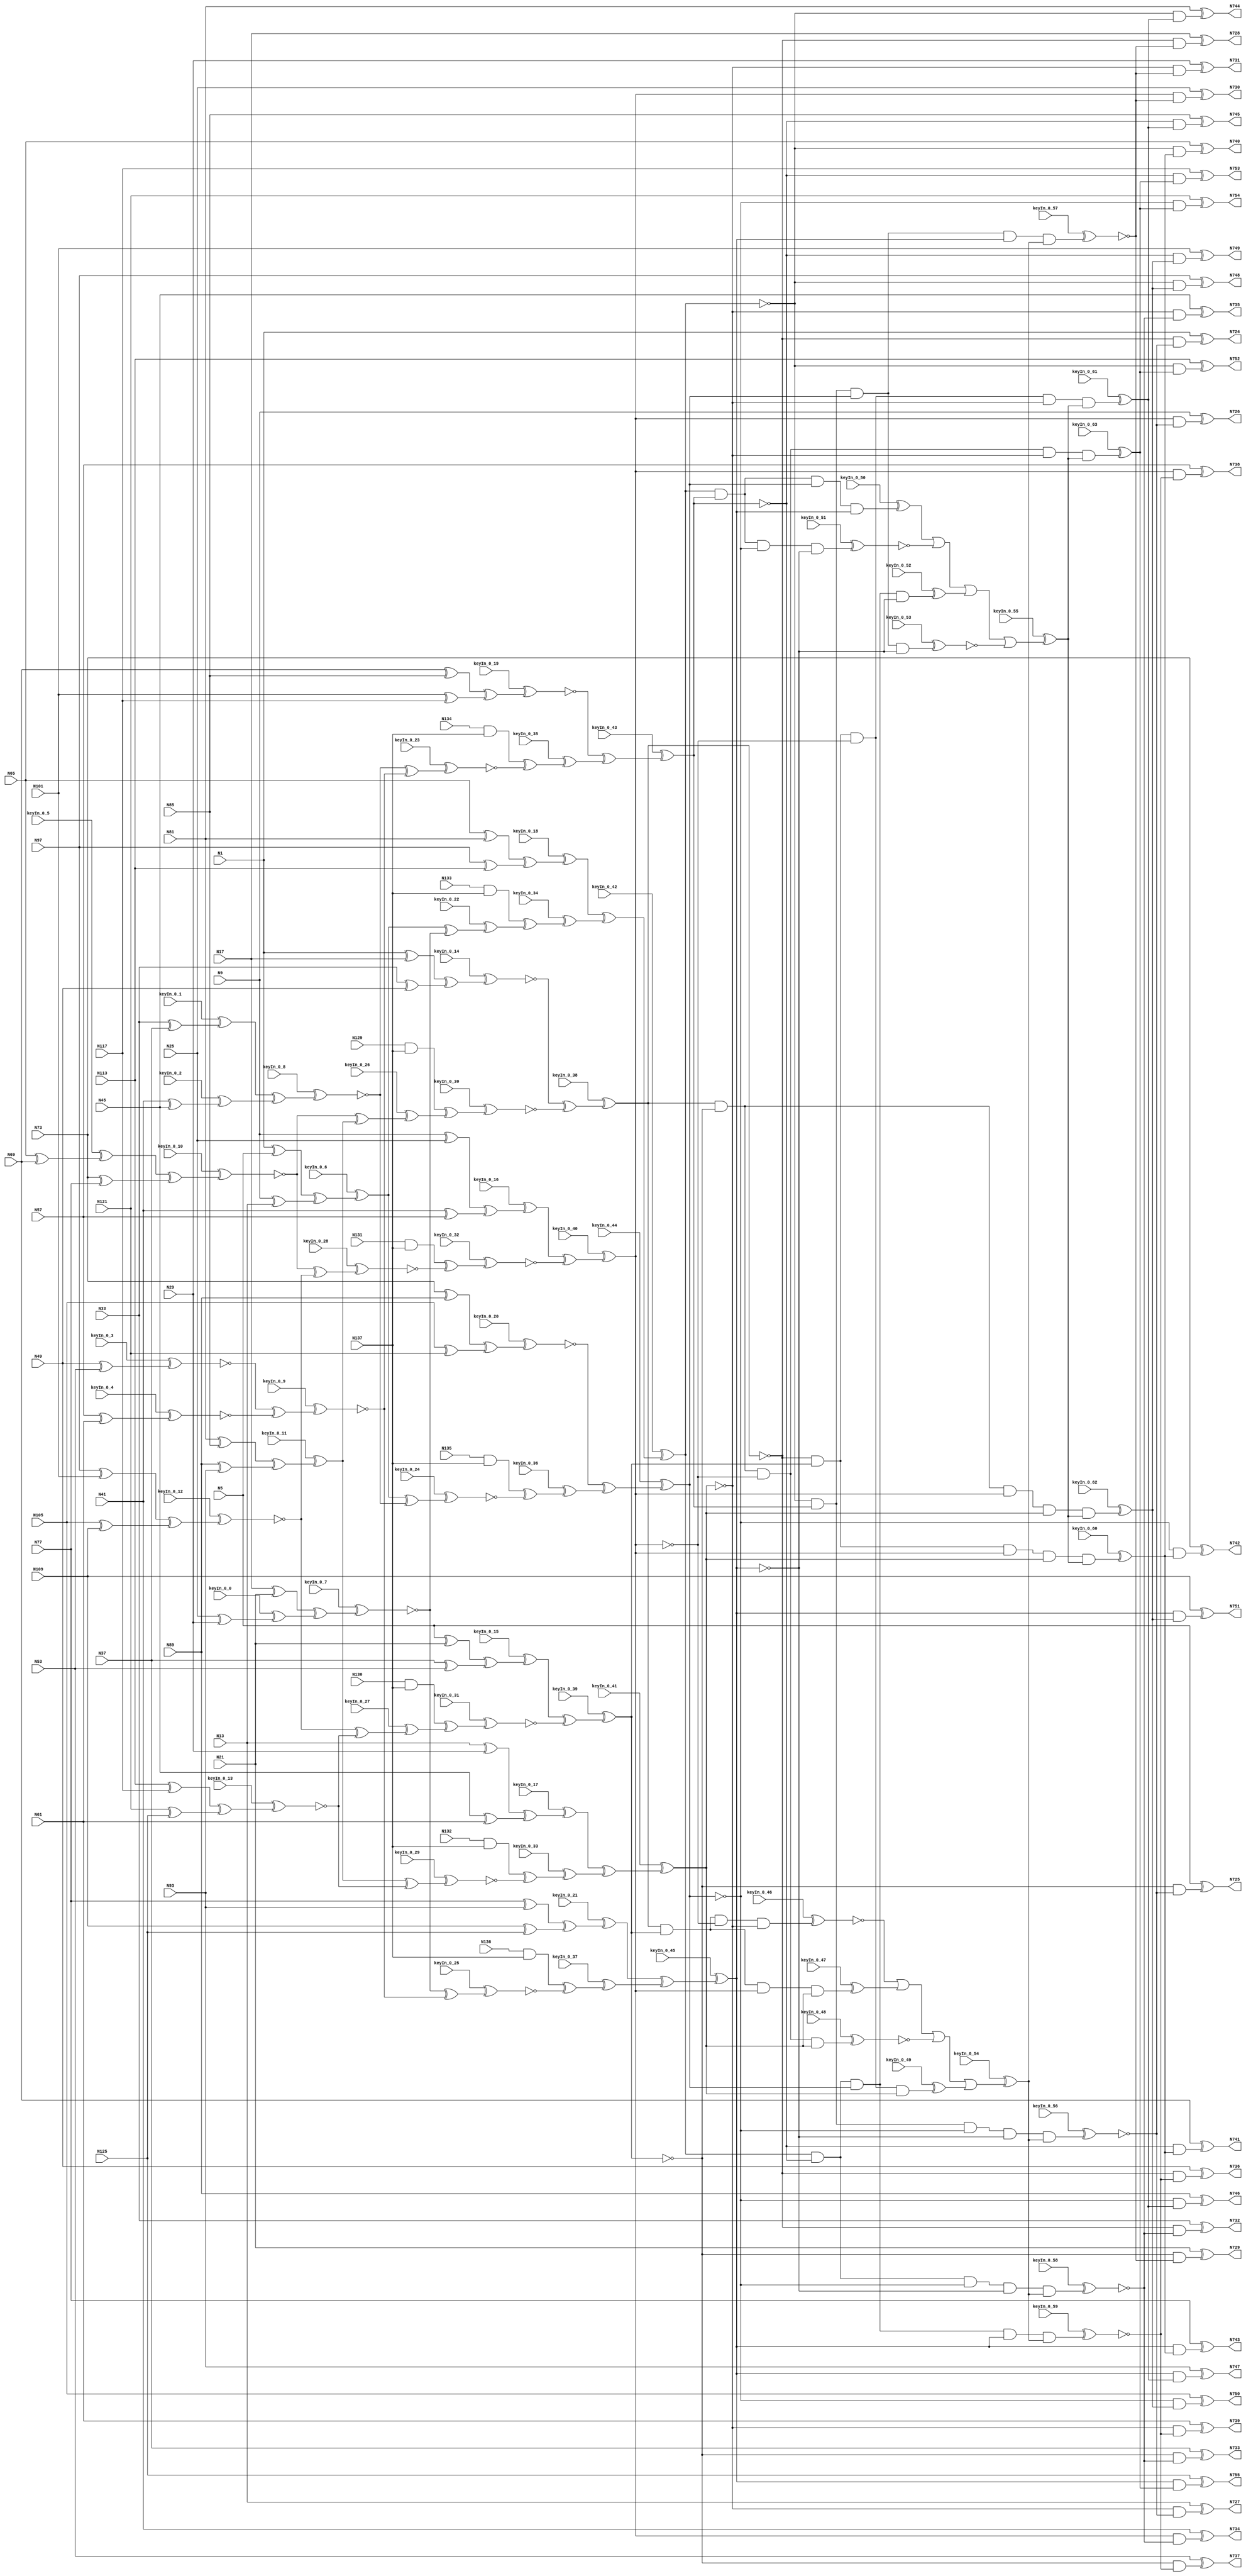
`timescale 1ns / 1ps
// Verilog
// c499
// Ninputs 41
// Noutputs 32
// NtotalGates 202
// XOR2 104
// AND2 40
// NOT1 40
// AND4 8
// OR4 2
// AND5 8

module top (N1,N5,N9,N13,N17,N21,N25,N29,N33,N37,
             N41,N45,N49,N53,N57,N61,N65,N69,N73,N77,
             N81,N85,N89,N93,N97,N101,N105,N109,N113,N117,
             N121,N125,N129,N130,N131,N132,N133,N134,N135,N136,
             N137,N724,N725,N726,N727,N728,N729,N730,N731,N732,
             N733,N734,N735,N736,N737,N738,N739,N740,N741,N742,
             N743,N744,N745,N746,N747,N748,N749,N750,N751,N752,
                  N753,N754,N755,
        keyIn_0_0, keyIn_0_1, keyIn_0_2, keyIn_0_3, keyIn_0_4,
        keyIn_0_5, keyIn_0_6, keyIn_0_7, keyIn_0_8, keyIn_0_9,
        keyIn_0_10, keyIn_0_11, keyIn_0_12, keyIn_0_13, keyIn_0_14,
        keyIn_0_15, keyIn_0_16, keyIn_0_17, keyIn_0_18, keyIn_0_19,
        keyIn_0_20, keyIn_0_21, keyIn_0_22, keyIn_0_23, keyIn_0_24,
        keyIn_0_25, keyIn_0_26, keyIn_0_27, keyIn_0_28, keyIn_0_29,
        keyIn_0_30, keyIn_0_31, keyIn_0_32, keyIn_0_33, keyIn_0_34,
        keyIn_0_35, keyIn_0_36, keyIn_0_37, keyIn_0_38, keyIn_0_39,
        keyIn_0_40, keyIn_0_41, keyIn_0_42, keyIn_0_43, keyIn_0_44,
        keyIn_0_45, keyIn_0_46, keyIn_0_47, keyIn_0_48, keyIn_0_49,
        keyIn_0_50, keyIn_0_51, keyIn_0_52, keyIn_0_53, keyIn_0_54,
        keyIn_0_55, keyIn_0_56, keyIn_0_57, keyIn_0_58, keyIn_0_59,
        keyIn_0_60, keyIn_0_61, keyIn_0_62, keyIn_0_63);

  input keyIn_0_0, keyIn_0_1, keyIn_0_2, keyIn_0_3, keyIn_0_4;
  input keyIn_0_5, keyIn_0_6, keyIn_0_7, keyIn_0_8, keyIn_0_9;
  input keyIn_0_10, keyIn_0_11, keyIn_0_12, keyIn_0_13, keyIn_0_14;
  input keyIn_0_15, keyIn_0_16, keyIn_0_17, keyIn_0_18, keyIn_0_19;
  input keyIn_0_20, keyIn_0_21, keyIn_0_22, keyIn_0_23, keyIn_0_24;
  input keyIn_0_25, keyIn_0_26, keyIn_0_27, keyIn_0_28, keyIn_0_29;
  input keyIn_0_30, keyIn_0_31, keyIn_0_32, keyIn_0_33, keyIn_0_34;
  input keyIn_0_35, keyIn_0_36, keyIn_0_37, keyIn_0_38, keyIn_0_39;
  input keyIn_0_40, keyIn_0_41, keyIn_0_42, keyIn_0_43, keyIn_0_44;
  input keyIn_0_45, keyIn_0_46, keyIn_0_47, keyIn_0_48, keyIn_0_49;
  input keyIn_0_50, keyIn_0_51, keyIn_0_52, keyIn_0_53, keyIn_0_54;
  input keyIn_0_55, keyIn_0_56, keyIn_0_57, keyIn_0_58, keyIn_0_59;
  input keyIn_0_60, keyIn_0_61, keyIn_0_62, keyIn_0_63;

  wire [0:63] KeyWire_0;
  wire [0:34] KeyNOTWire_0;

input N1,N5,N9,N13,N17,N21,N25,N29,N33,N37,
      N41,N45,N49,N53,N57,N61,N65,N69,N73,N77,
      N81,N85,N89,N93,N97,N101,N105,N109,N113,N117,
      N121,N125,N129,N130,N131,N132,N133,N134,N135,N136,
      N137;

output N724,N725,N726,N727,N728,N729,N730,N731,N732,N733,
       N734,N735,N736,N737,N738,N739,N740,N741,N742,N743,
       N744,N745,N746,N747,N748,N749,N750,N751,N752,N753,
       N754,N755;

wire N250,N251,N252,N253,N254,N255,N256,N257,N258,N259,
     N260,N261,N262,N263,N264,N265,N266,N267,N268,N269,
     N270,N271,N272,N273,N274,N275,N276,N277,N278,N279,
     N280,N281,N282,N283,N284,N285,N286,N287,N288,N289,
     N290,N293,N296,N299,N302,N305,N308,N311,N314,N315,
     N316,N317,N318,N319,N320,N321,N338,N339,N340,N341,
     N342,N343,N344,N345,N346,N347,N348,N349,N350,N351,
     N352,N353,N354,N367,N380,N393,N406,N419,N432,N445,
     N554,N555,N556,N557,N558,N559,N560,N561,N562,N563,
     N564,N565,N566,N567,N568,N569,N570,N571,N572,N573,
     N574,N575,N576,N577,N578,N579,N580,N581,N582,N583,
     N584,N585,N586,N587,N588,N589,N590,N591,N592,N593,
     N594,N595,N596,N597,N598,N599,N600,N601,N602,N607,
     N620,N625,N630,N635,N640,N645,N650,N655,N692,N693,
     N694,N695,N696,N697,N698,N699,N700,N701,N702,N703,
     N704,N705,N706,N707,N708,N709,N710,N711,N712,N713,
     N714,N715,N716,N717,N718,N719,N720,N721,N722,N723;

xor XOR2_1 (N250, N1, N5);
xor XOR2_2 (N251, N9, N13);
xor XOR2_3 (N252, N17, N21);
  xor XOR2_4 (KeyWire_0[0], N25, N29);
  xnor KeyGate_0_0(KeyNOTWire_0[0], keyIn_0_0, KeyWire_0[0]);
  not KeyNOTGate_0_0(N253, KeyNOTWire_0[0]);
  xor XOR2_5 (KeyWire_0[1], N33, N37);
  xnor KeyGate_0_1(KeyNOTWire_0[1], keyIn_0_1, KeyWire_0[1]);
  not KeyNOTGate_0_1(N254, KeyNOTWire_0[1]);
  xor XOR2_6 (KeyWire_0[2], N41, N45);
  xor KeyGate_0_2(N255, keyIn_0_2, KeyWire_0[2]);
  xor XOR2_7 (KeyWire_0[3], N49, N53);
  xnor KeyGate_0_3(N256, keyIn_0_3, KeyWire_0[3]);
  xor XOR2_8 (KeyWire_0[4], N57, N61);
  xnor KeyGate_0_4(N257, keyIn_0_4, KeyWire_0[4]);
  xor XOR2_9 (KeyWire_0[5], N65, N69);
  xor KeyGate_0_5(N258, keyIn_0_5, KeyWire_0[5]);
xor XOR2_10 (N259, N73, N77);
xor XOR2_11 (N260, N81, N85);
xor XOR2_12 (N261, N89, N93);
xor XOR2_13 (N262, N97, N101);
xor XOR2_14 (N263, N105, N109);
xor XOR2_15 (N264, N113, N117);
xor XOR2_16 (N265, N121, N125);
and AND2_17 (N266, N129, N137);
and AND2_18 (N267, N130, N137);
and AND2_19 (N268, N131, N137);
and AND2_20 (N269, N132, N137);
and AND2_21 (N270, N133, N137);
and AND2_22 (N271, N134, N137);
and AND2_23 (N272, N135, N137);
and AND2_24 (N273, N136, N137);
xor XOR2_25 (N274, N1, N17);
xor XOR2_26 (N275, N33, N49);
xor XOR2_27 (N276, N5, N21);
xor XOR2_28 (N277, N37, N53);
xor XOR2_29 (N278, N9, N25);
xor XOR2_30 (N279, N41, N57);
xor XOR2_31 (N280, N13, N29);
xor XOR2_32 (N281, N45, N61);
xor XOR2_33 (N282, N65, N81);
xor XOR2_34 (N283, N97, N113);
xor XOR2_35 (N284, N69, N85);
xor XOR2_36 (N285, N101, N117);
xor XOR2_37 (N286, N73, N89);
xor XOR2_38 (N287, N105, N121);
xor XOR2_39 (N288, N77, N93);
xor XOR2_40 (N289, N109, N125);
  xor XOR2_41 (KeyWire_0[6], N250, N251);
  xnor KeyGate_0_6(KeyNOTWire_0[2], keyIn_0_6, KeyWire_0[6]);
  not KeyNOTGate_0_2(N290, KeyNOTWire_0[2]);
  xor XOR2_42 (KeyWire_0[7], N252, N253);
  xnor KeyGate_0_7(N293, keyIn_0_7, KeyWire_0[7]);
  xor XOR2_43 (KeyWire_0[8], N254, N255);
  xor KeyGate_0_8(KeyNOTWire_0[3], keyIn_0_8, KeyWire_0[8]);
  not KeyNOTGate_0_3(N296, KeyNOTWire_0[3]);
  xor XOR2_44 (KeyWire_0[9], N256, N257);
  xnor KeyGate_0_9(N299, keyIn_0_9, KeyWire_0[9]);
  xor XOR2_45 (KeyWire_0[10], N258, N259);
  xnor KeyGate_0_10(N302, keyIn_0_10, KeyWire_0[10]);
  xor XOR2_46 (KeyWire_0[11], N260, N261);
  xnor KeyGate_0_11(KeyNOTWire_0[4], keyIn_0_11, KeyWire_0[11]);
  not KeyNOTGate_0_4(N305, KeyNOTWire_0[4]);
  xor XOR2_47 (KeyWire_0[12], N262, N263);
  xor KeyGate_0_12(KeyNOTWire_0[5], keyIn_0_12, KeyWire_0[12]);
  not KeyNOTGate_0_5(N308, KeyNOTWire_0[5]);
  xor XOR2_48 (KeyWire_0[13], N264, N265);
  xor KeyGate_0_13(KeyNOTWire_0[6], keyIn_0_13, KeyWire_0[13]);
  not KeyNOTGate_0_6(N311, KeyNOTWire_0[6]);
  xor XOR2_49 (KeyWire_0[14], N274, N275);
  xor KeyGate_0_14(KeyNOTWire_0[7], keyIn_0_14, KeyWire_0[14]);
  not KeyNOTGate_0_7(N314, KeyNOTWire_0[7]);
  xor XOR2_50 (KeyWire_0[15], N276, N277);
  xnor KeyGate_0_15(KeyNOTWire_0[8], keyIn_0_15, KeyWire_0[15]);
  not KeyNOTGate_0_8(N315, KeyNOTWire_0[8]);
  xor XOR2_51 (KeyWire_0[16], N278, N279);
  xnor KeyGate_0_16(KeyNOTWire_0[9], keyIn_0_16, KeyWire_0[16]);
  not KeyNOTGate_0_9(N316, KeyNOTWire_0[9]);
  xor XOR2_52 (KeyWire_0[17], N280, N281);
  xor KeyGate_0_17(N317, keyIn_0_17, KeyWire_0[17]);
  xor XOR2_53 (KeyWire_0[18], N282, N283);
  xor KeyGate_0_18(N318, keyIn_0_18, KeyWire_0[18]);
  xor XOR2_54 (KeyWire_0[19], N284, N285);
  xnor KeyGate_0_19(N319, keyIn_0_19, KeyWire_0[19]);
  xor XOR2_55 (KeyWire_0[20], N286, N287);
  xor KeyGate_0_20(KeyNOTWire_0[10], keyIn_0_20, KeyWire_0[20]);
  not KeyNOTGate_0_10(N320, KeyNOTWire_0[10]);
  xor XOR2_56 (KeyWire_0[21], N288, N289);
  xnor KeyGate_0_21(KeyNOTWire_0[11], keyIn_0_21, KeyWire_0[21]);
  not KeyNOTGate_0_11(N321, KeyNOTWire_0[11]);
  xor XOR2_57 (KeyWire_0[22], N290, N293);
  xnor KeyGate_0_22(KeyNOTWire_0[12], keyIn_0_22, KeyWire_0[22]);
  not KeyNOTGate_0_12(N338, KeyNOTWire_0[12]);
  xor XOR2_58 (KeyWire_0[23], N296, N299);
  xnor KeyGate_0_23(N339, keyIn_0_23, KeyWire_0[23]);
  xor XOR2_59 (KeyWire_0[24], N290, N296);
  xor KeyGate_0_24(KeyNOTWire_0[13], keyIn_0_24, KeyWire_0[24]);
  not KeyNOTGate_0_13(N340, KeyNOTWire_0[13]);
  xor XOR2_60 (KeyWire_0[25], N293, N299);
  xor KeyGate_0_25(KeyNOTWire_0[14], keyIn_0_25, KeyWire_0[25]);
  not KeyNOTGate_0_14(N341, KeyNOTWire_0[14]);
  xor XOR2_61 (KeyWire_0[26], N302, N305);
  xor KeyGate_0_26(N342, keyIn_0_26, KeyWire_0[26]);
  xor XOR2_62 (KeyWire_0[27], N308, N311);
  xor KeyGate_0_27(N343, keyIn_0_27, KeyWire_0[27]);
  xor XOR2_63 (KeyWire_0[28], N302, N308);
  xnor KeyGate_0_28(N344, keyIn_0_28, KeyWire_0[28]);
  xor XOR2_64 (KeyWire_0[29], N305, N311);
  xnor KeyGate_0_29(N345, keyIn_0_29, KeyWire_0[29]);
  xor XOR2_65 (KeyWire_0[30], N266, N342);
  xor KeyGate_0_30(KeyNOTWire_0[15], keyIn_0_30, KeyWire_0[30]);
  not KeyNOTGate_0_15(N346, KeyNOTWire_0[15]);
  xor XOR2_66 (KeyWire_0[31], N267, N343);
  xor KeyGate_0_31(KeyNOTWire_0[16], keyIn_0_31, KeyWire_0[31]);
  not KeyNOTGate_0_16(N347, KeyNOTWire_0[16]);
  xor XOR2_67 (KeyWire_0[32], N268, N344);
  xor KeyGate_0_32(KeyNOTWire_0[17], keyIn_0_32, KeyWire_0[32]);
  not KeyNOTGate_0_17(N348, KeyNOTWire_0[17]);
  xor XOR2_68 (KeyWire_0[33], N269, N345);
  xor KeyGate_0_33(N349, keyIn_0_33, KeyWire_0[33]);
  xor XOR2_69 (KeyWire_0[34], N270, N338);
  xnor KeyGate_0_34(KeyNOTWire_0[18], keyIn_0_34, KeyWire_0[34]);
  not KeyNOTGate_0_18(N350, KeyNOTWire_0[18]);
  xor XOR2_70 (KeyWire_0[35], N271, N339);
  xor KeyGate_0_35(N351, keyIn_0_35, KeyWire_0[35]);
  xor XOR2_71 (KeyWire_0[36], N272, N340);
  xnor KeyGate_0_36(KeyNOTWire_0[19], keyIn_0_36, KeyWire_0[36]);
  not KeyNOTGate_0_19(N352, KeyNOTWire_0[19]);
  xor XOR2_72 (KeyWire_0[37], N273, N341);
  xor KeyGate_0_37(N353, keyIn_0_37, KeyWire_0[37]);
  xor XOR2_73 (KeyWire_0[38], N314, N346);
  xnor KeyGate_0_38(N354, keyIn_0_38, KeyWire_0[38]);
  xor XOR2_74 (KeyWire_0[39], N315, N347);
  xor KeyGate_0_39(KeyNOTWire_0[20], keyIn_0_39, KeyWire_0[39]);
  not KeyNOTGate_0_20(N367, KeyNOTWire_0[20]);
  xor XOR2_75 (KeyWire_0[40], N316, N348);
  xnor KeyGate_0_40(KeyNOTWire_0[21], keyIn_0_40, KeyWire_0[40]);
  not KeyNOTGate_0_21(N380, KeyNOTWire_0[21]);
  xor XOR2_76 (KeyWire_0[41], N317, N349);
  xor KeyGate_0_41(KeyNOTWire_0[22], keyIn_0_41, KeyWire_0[41]);
  not KeyNOTGate_0_22(N393, KeyNOTWire_0[22]);
  xor XOR2_77 (KeyWire_0[42], N318, N350);
  xnor KeyGate_0_42(N406, keyIn_0_42, KeyWire_0[42]);
  xor XOR2_78 (KeyWire_0[43], N319, N351);
  xnor KeyGate_0_43(N419, keyIn_0_43, KeyWire_0[43]);
  xor XOR2_79 (KeyWire_0[44], N320, N352);
  xor KeyGate_0_44(KeyNOTWire_0[23], keyIn_0_44, KeyWire_0[44]);
  not KeyNOTGate_0_23(N432, KeyNOTWire_0[23]);
  xor XOR2_80 (KeyWire_0[45], N321, N353);
  xnor KeyGate_0_45(KeyNOTWire_0[24], keyIn_0_45, KeyWire_0[45]);
  not KeyNOTGate_0_24(N445, KeyNOTWire_0[24]);
not NOT1_81 (N554, N354);
not NOT1_82 (N555, N367);
not NOT1_83 (N556, N380);
not NOT1_84 (N557, N354);
not NOT1_85 (N558, N367);
not NOT1_86 (N559, N393);
not NOT1_87 (N560, N354);
not NOT1_88 (N561, N380);
not NOT1_89 (N562, N393);
not NOT1_90 (N563, N367);
not NOT1_91 (N564, N380);
not NOT1_92 (N565, N393);
not NOT1_93 (N566, N419);
not NOT1_94 (N567, N445);
not NOT1_95 (N568, N419);
not NOT1_96 (N569, N432);
not NOT1_97 (N570, N406);
not NOT1_98 (N571, N445);
not NOT1_99 (N572, N406);
not NOT1_100 (N573, N432);
not NOT1_101 (N574, N406);
not NOT1_102 (N575, N419);
not NOT1_103 (N576, N432);
not NOT1_104 (N577, N406);
not NOT1_105 (N578, N419);
not NOT1_106 (N579, N445);
not NOT1_107 (N580, N406);
not NOT1_108 (N581, N432);
not NOT1_109 (N582, N445);
not NOT1_110 (N583, N419);
not NOT1_111 (N584, N432);
not NOT1_112 (N585, N445);
not NOT1_113 (N586, N367);
not NOT1_114 (N587, N393);
not NOT1_115 (N588, N367);
not NOT1_116 (N589, N380);
not NOT1_117 (N590, N354);
not NOT1_118 (N591, N393);
not NOT1_119 (N592, N354);
not NOT1_120 (N593, N380);
  and AND4_121 (KeyWire_0[46], N554, N555, N556, N393);
  xor KeyGate_0_46(KeyNOTWire_0[25], keyIn_0_46, KeyWire_0[46]);
  not KeyNOTGate_0_25(N594, KeyNOTWire_0[25]);
  and AND4_122 (KeyWire_0[47], N557, N558, N380, N559);
  xnor KeyGate_0_47(KeyNOTWire_0[26], keyIn_0_47, KeyWire_0[47]);
  not KeyNOTGate_0_26(N595, KeyNOTWire_0[26]);
  and AND4_123 (KeyWire_0[48], N560, N367, N561, N562);
  xnor KeyGate_0_48(N596, keyIn_0_48, KeyWire_0[48]);
  and AND4_124 (KeyWire_0[49], N354, N563, N564, N565);
  xnor KeyGate_0_49(KeyNOTWire_0[27], keyIn_0_49, KeyWire_0[49]);
  not KeyNOTGate_0_27(N597, KeyNOTWire_0[27]);
  and AND4_125 (KeyWire_0[50], N574, N575, N576, N445);
  xnor KeyGate_0_50(KeyNOTWire_0[28], keyIn_0_50, KeyWire_0[50]);
  not KeyNOTGate_0_28(N598, KeyNOTWire_0[28]);
  and AND4_126 (KeyWire_0[51], N577, N578, N432, N579);
  xnor KeyGate_0_51(N599, keyIn_0_51, KeyWire_0[51]);
  and AND4_127 (KeyWire_0[52], N580, N419, N581, N582);
  xnor KeyGate_0_52(KeyNOTWire_0[29], keyIn_0_52, KeyWire_0[52]);
  not KeyNOTGate_0_29(N600, KeyNOTWire_0[29]);
  and AND4_128 (KeyWire_0[53], N406, N583, N584, N585);
  xor KeyGate_0_53(KeyNOTWire_0[30], keyIn_0_53, KeyWire_0[53]);
  not KeyNOTGate_0_30(N601, KeyNOTWire_0[30]);
  or OR4_129 (KeyWire_0[54], N594, N595, N596, N597);
  xnor KeyGate_0_54(KeyNOTWire_0[31], keyIn_0_54, KeyWire_0[54]);
  not KeyNOTGate_0_31(N602, KeyNOTWire_0[31]);
  or OR4_130 (KeyWire_0[55], N598, N599, N600, N601);
  xor KeyGate_0_55(N607, keyIn_0_55, KeyWire_0[55]);
  and AND5_131 (KeyWire_0[56], N406, N566, N432, N567, N602);
  xnor KeyGate_0_56(N620, keyIn_0_56, KeyWire_0[56]);
  and AND5_132 (KeyWire_0[57], N406, N568, N569, N445, N602);
  xnor KeyGate_0_57(N625, keyIn_0_57, KeyWire_0[57]);
  and AND5_133 (KeyWire_0[58], N570, N419, N432, N571, N602);
  xor KeyGate_0_58(KeyNOTWire_0[32], keyIn_0_58, KeyWire_0[58]);
  not KeyNOTGate_0_32(N630, KeyNOTWire_0[32]);
  and AND5_134 (KeyWire_0[59], N572, N419, N573, N445, N602);
  xnor KeyGate_0_59(N635, keyIn_0_59, KeyWire_0[59]);
  and AND5_135 (KeyWire_0[60], N354, N586, N380, N587, N607);
  xnor KeyGate_0_60(KeyNOTWire_0[33], keyIn_0_60, KeyWire_0[60]);
  not KeyNOTGate_0_33(N640, KeyNOTWire_0[33]);
  and AND5_136 (KeyWire_0[61], N354, N588, N589, N393, N607);
  xor KeyGate_0_61(N645, keyIn_0_61, KeyWire_0[61]);
  and AND5_137 (KeyWire_0[62], N590, N367, N380, N591, N607);
  xnor KeyGate_0_62(KeyNOTWire_0[34], keyIn_0_62, KeyWire_0[62]);
  not KeyNOTGate_0_34(N650, KeyNOTWire_0[34]);
  and AND5_138 (KeyWire_0[63], N592, N367, N593, N393, N607);
  xor KeyGate_0_63(N655, keyIn_0_63, KeyWire_0[63]);
and AND2_139 (N692, N354, N620);
and AND2_140 (N693, N367, N620);
and AND2_141 (N694, N380, N620);
and AND2_142 (N695, N393, N620);
and AND2_143 (N696, N354, N625);
and AND2_144 (N697, N367, N625);
and AND2_145 (N698, N380, N625);
and AND2_146 (N699, N393, N625);
and AND2_147 (N700, N354, N630);
and AND2_148 (N701, N367, N630);
and AND2_149 (N702, N380, N630);
and AND2_150 (N703, N393, N630);
and AND2_151 (N704, N354, N635);
and AND2_152 (N705, N367, N635);
and AND2_153 (N706, N380, N635);
and AND2_154 (N707, N393, N635);
and AND2_155 (N708, N406, N640);
and AND2_156 (N709, N419, N640);
and AND2_157 (N710, N432, N640);
and AND2_158 (N711, N445, N640);
and AND2_159 (N712, N406, N645);
and AND2_160 (N713, N419, N645);
and AND2_161 (N714, N432, N645);
and AND2_162 (N715, N445, N645);
and AND2_163 (N716, N406, N650);
and AND2_164 (N717, N419, N650);
and AND2_165 (N718, N432, N650);
and AND2_166 (N719, N445, N650);
and AND2_167 (N720, N406, N655);
and AND2_168 (N721, N419, N655);
and AND2_169 (N722, N432, N655);
and AND2_170 (N723, N445, N655);
xor XOR2_171 (N724, N1, N692);
xor XOR2_172 (N725, N5, N693);
xor XOR2_173 (N726, N9, N694);
xor XOR2_174 (N727, N13, N695);
xor XOR2_175 (N728, N17, N696);
xor XOR2_176 (N729, N21, N697);
xor XOR2_177 (N730, N25, N698);
xor XOR2_178 (N731, N29, N699);
xor XOR2_179 (N732, N33, N700);
xor XOR2_180 (N733, N37, N701);
xor XOR2_181 (N734, N41, N702);
xor XOR2_182 (N735, N45, N703);
xor XOR2_183 (N736, N49, N704);
xor XOR2_184 (N737, N53, N705);
xor XOR2_185 (N738, N57, N706);
xor XOR2_186 (N739, N61, N707);
xor XOR2_187 (N740, N65, N708);
xor XOR2_188 (N741, N69, N709);
xor XOR2_189 (N742, N73, N710);
xor XOR2_190 (N743, N77, N711);
xor XOR2_191 (N744, N81, N712);
xor XOR2_192 (N745, N85, N713);
xor XOR2_193 (N746, N89, N714);
xor XOR2_194 (N747, N93, N715);
xor XOR2_195 (N748, N97, N716);
xor XOR2_196 (N749, N101, N717);
xor XOR2_197 (N750, N105, N718);
xor XOR2_198 (N751, N109, N719);
xor XOR2_199 (N752, N113, N720);
xor XOR2_200 (N753, N117, N721);
xor XOR2_201 (N754, N121, N722);
xor XOR2_202 (N755, N125, N723);

endmodule